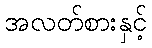
အလတ်စားနှင့်